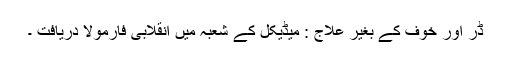
ڈر اور خوف کے بغیر علاج : میڈیکل کے شعبہ میں انقلابی فارمولا دریافت ۔